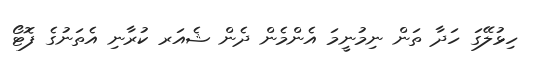
ހިޅުލޭގަ ހަދާ ތަން ނިމުނީމަ އެންމެން ދެން ޝެއަރ ކުރާނި އެތަނުގެ ފޮޓޯ